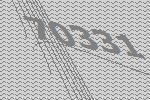
70331